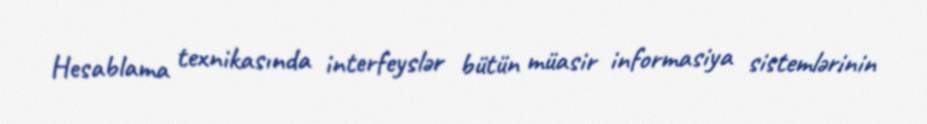
Hesablama texnikasında interfeyslər bütün müasir informasiya sistemlərinin